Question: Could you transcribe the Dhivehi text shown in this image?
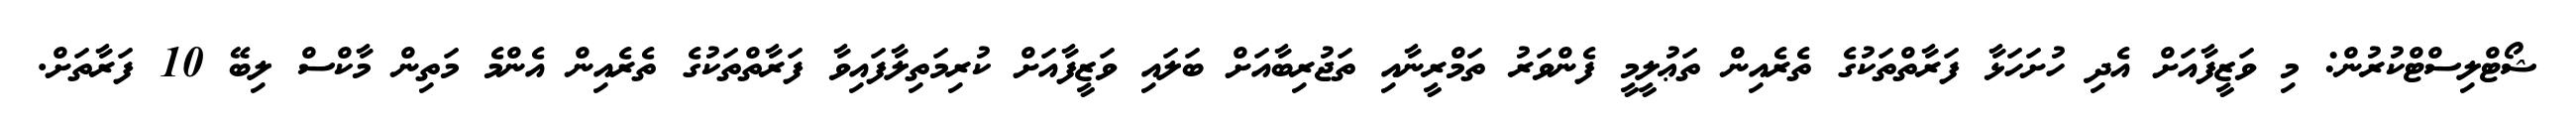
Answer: ޝޯޓްލިސްޓްކުރުން: މި ވަޒީފާއަށް އެދި ހުށަހަޅާ ފަރާތްތަކުގެ ތެރެއިން ތަޢުލީމީ ފެންވަރު ތަމްރީނާއި ތަޖުރިބާއަށް ބަލައި ވަޒީފާއަށް ކުރިމަތިލާފައިވާ ފަރާތްތަކުގެ ތެރެއިން އެންމެ މަތިން މާކްސް ލިބޭ 10 ފަރާތަށް.